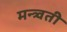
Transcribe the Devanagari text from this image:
मन्त्र्वती